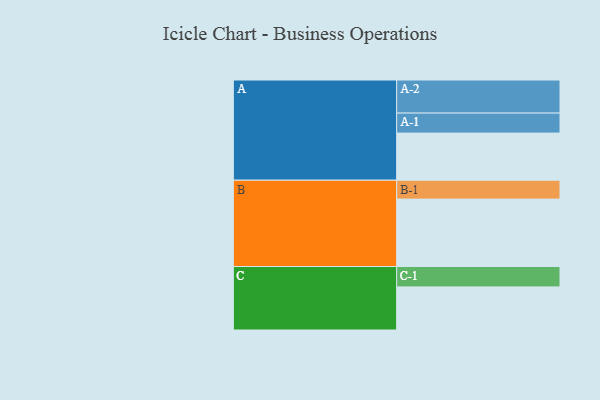
{"axis": {"x": "Segment", "y": "Value"}, "legend": ["", "A", "B", "C"], "data": [{"x": "A", "y": 349, "type": ""}, {"x": "B", "y": 499, "type": ""}, {"x": "C", "y": 319, "type": ""}, {"x": "A-1", "y": 148, "type": "A"}, {"x": "A-2", "y": 245, "type": "A"}, {"x": "B-1", "y": 140, "type": "B"}, {"x": "C-1", "y": 151, "type": "C"}]}